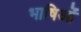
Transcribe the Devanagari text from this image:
भाषिओं